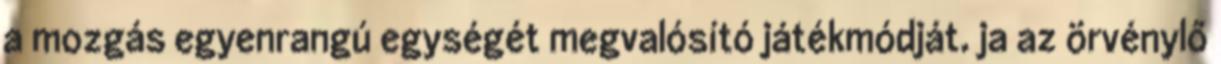
a mozgás egyenrangú egységét megvalósító játékmódját. ja az örvénylő